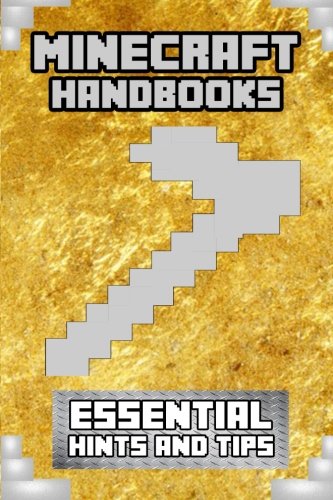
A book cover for Minecraft Handbooks: Essential Hints & Tips (Volume 1); Steve Does Minecraft; Children's Books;